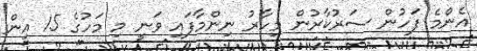
އެންމެ ފަހުން ސަރުކާރުން މިހާރު ނިންމާފައި ވަނީ މި މަހުގެ 15 އިން